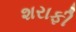
શરાફી